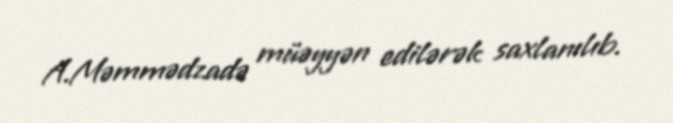
A.Məmmədzadə müəyyən edilərək saxlanılıb.